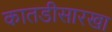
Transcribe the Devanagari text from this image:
कातडीसारखा